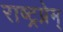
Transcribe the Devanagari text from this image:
राष्ट्रप्रेम्